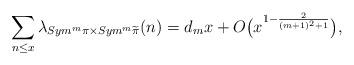
LaTeX: \begin{align*}\sum_{n \leq x} \lambda_{Sym^m \pi \times Sym^m \widetilde\pi}(n) =d_{m}x+O\big(x^{1-\frac{2}{(m+1)^2 +1}}\big),\end{align*}